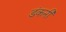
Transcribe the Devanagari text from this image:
डंकनी